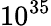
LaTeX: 10^{35}